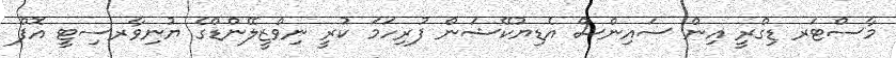
މާސްޓަރ ޑިގްރީ އިން ސައިންސް އެޑިޔުކޭޝަން ފުރިހަމަ ކުރީ ނިވްޒީލޭންޑްގެ ޔުނިވާރސިޓީ އޮފް